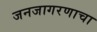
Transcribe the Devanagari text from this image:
जनजागरणाचा